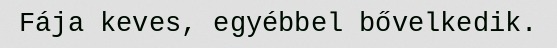
Fája keves, egyébbel bővelkedik.